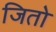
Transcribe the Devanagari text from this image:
जितो